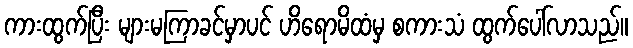
ကားထွက်ပြီး များမကြာခင်မှာပင် ဟိရောမိထံမှ စကားသံ ထွက်ပေါ်လာသည်။